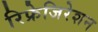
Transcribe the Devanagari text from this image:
रिफ्रेजिरेशन